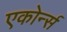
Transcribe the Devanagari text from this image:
एकोर्न्स